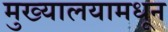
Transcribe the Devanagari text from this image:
मुख्यालयामधून